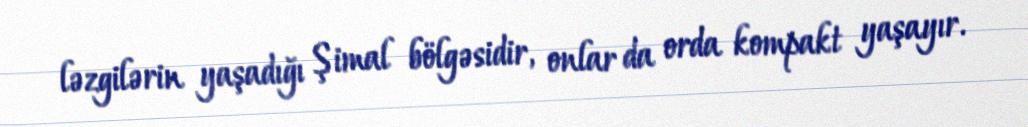
ləzgilərin yaşadığı Şimal bölgəsidir, onlar da orda kompakt yaşayır.